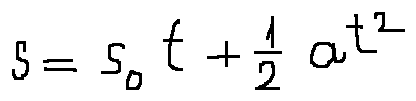
s = s _ { 0 } t + \frac { 1 } { 2 } a t ^ { 2 }